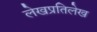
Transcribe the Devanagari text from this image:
लेखप्रतिलेख